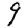
Digit: 9